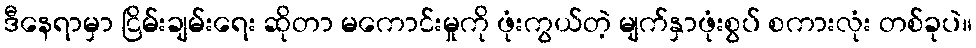
ဒီနေရာမှာ ငြိမ်းချမ်းရေး ဆိုတာ မကောင်းမှုကို ဖုံးကွယ်တဲ့ မျက်နှာဖုံးစွပ် စကားလုံး တစ်ခုပဲ။